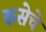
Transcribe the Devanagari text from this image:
कसेचे